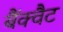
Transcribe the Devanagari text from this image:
बैंक्वैट